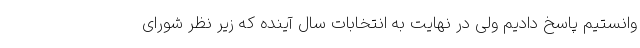
وانستیم پاسخ دادیم ولی در نهایت به انتخابات سال آینده که زیر نظر شورای